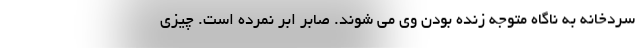
سردخانه به ناگاه متوجه زنده بودن وی می شوند. صابر ابر نمرده است. چیزی